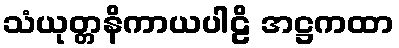
သံယုတ္တနိကာယပါဠိ အဋ္ဌကထာ